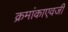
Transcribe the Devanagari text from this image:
क्रमांकाएवजी